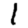
Digit: 1